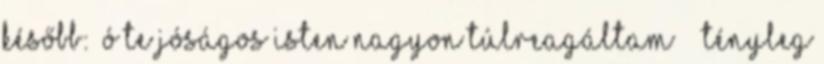
később: “Ó te jóságos Isten Nagyon túlreagáltam ” “Tényleg